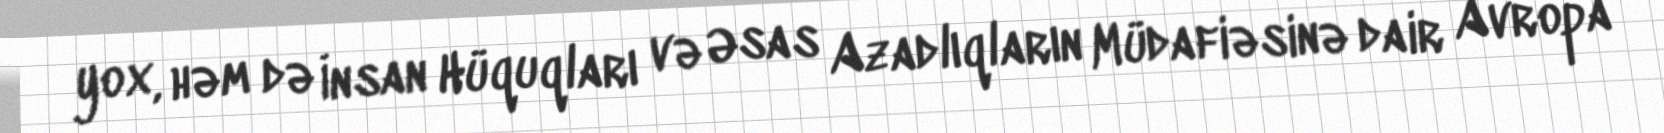
yox, həm də İnsan Hüquqları və Əsas Azadlıqların Müdafiəsinə dair Avropa